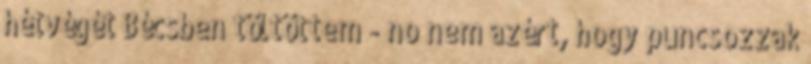
hétvégét Bécsben töltöttem - no nem azért, hogy puncsozzak